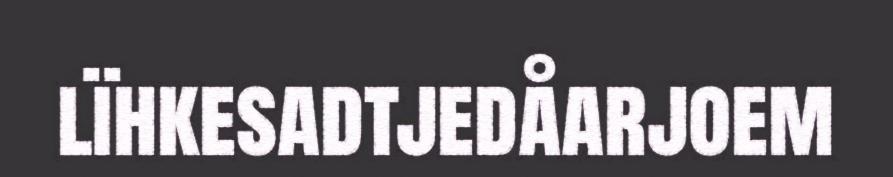
lïhkesadtjedåarjoem